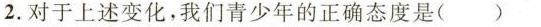
2.对于上述变化，我们青少年的正确态度是( )